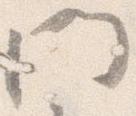
門